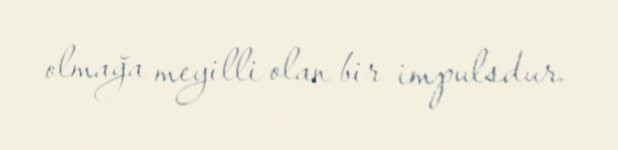
olmağa meyilli olan bir impulsdur.